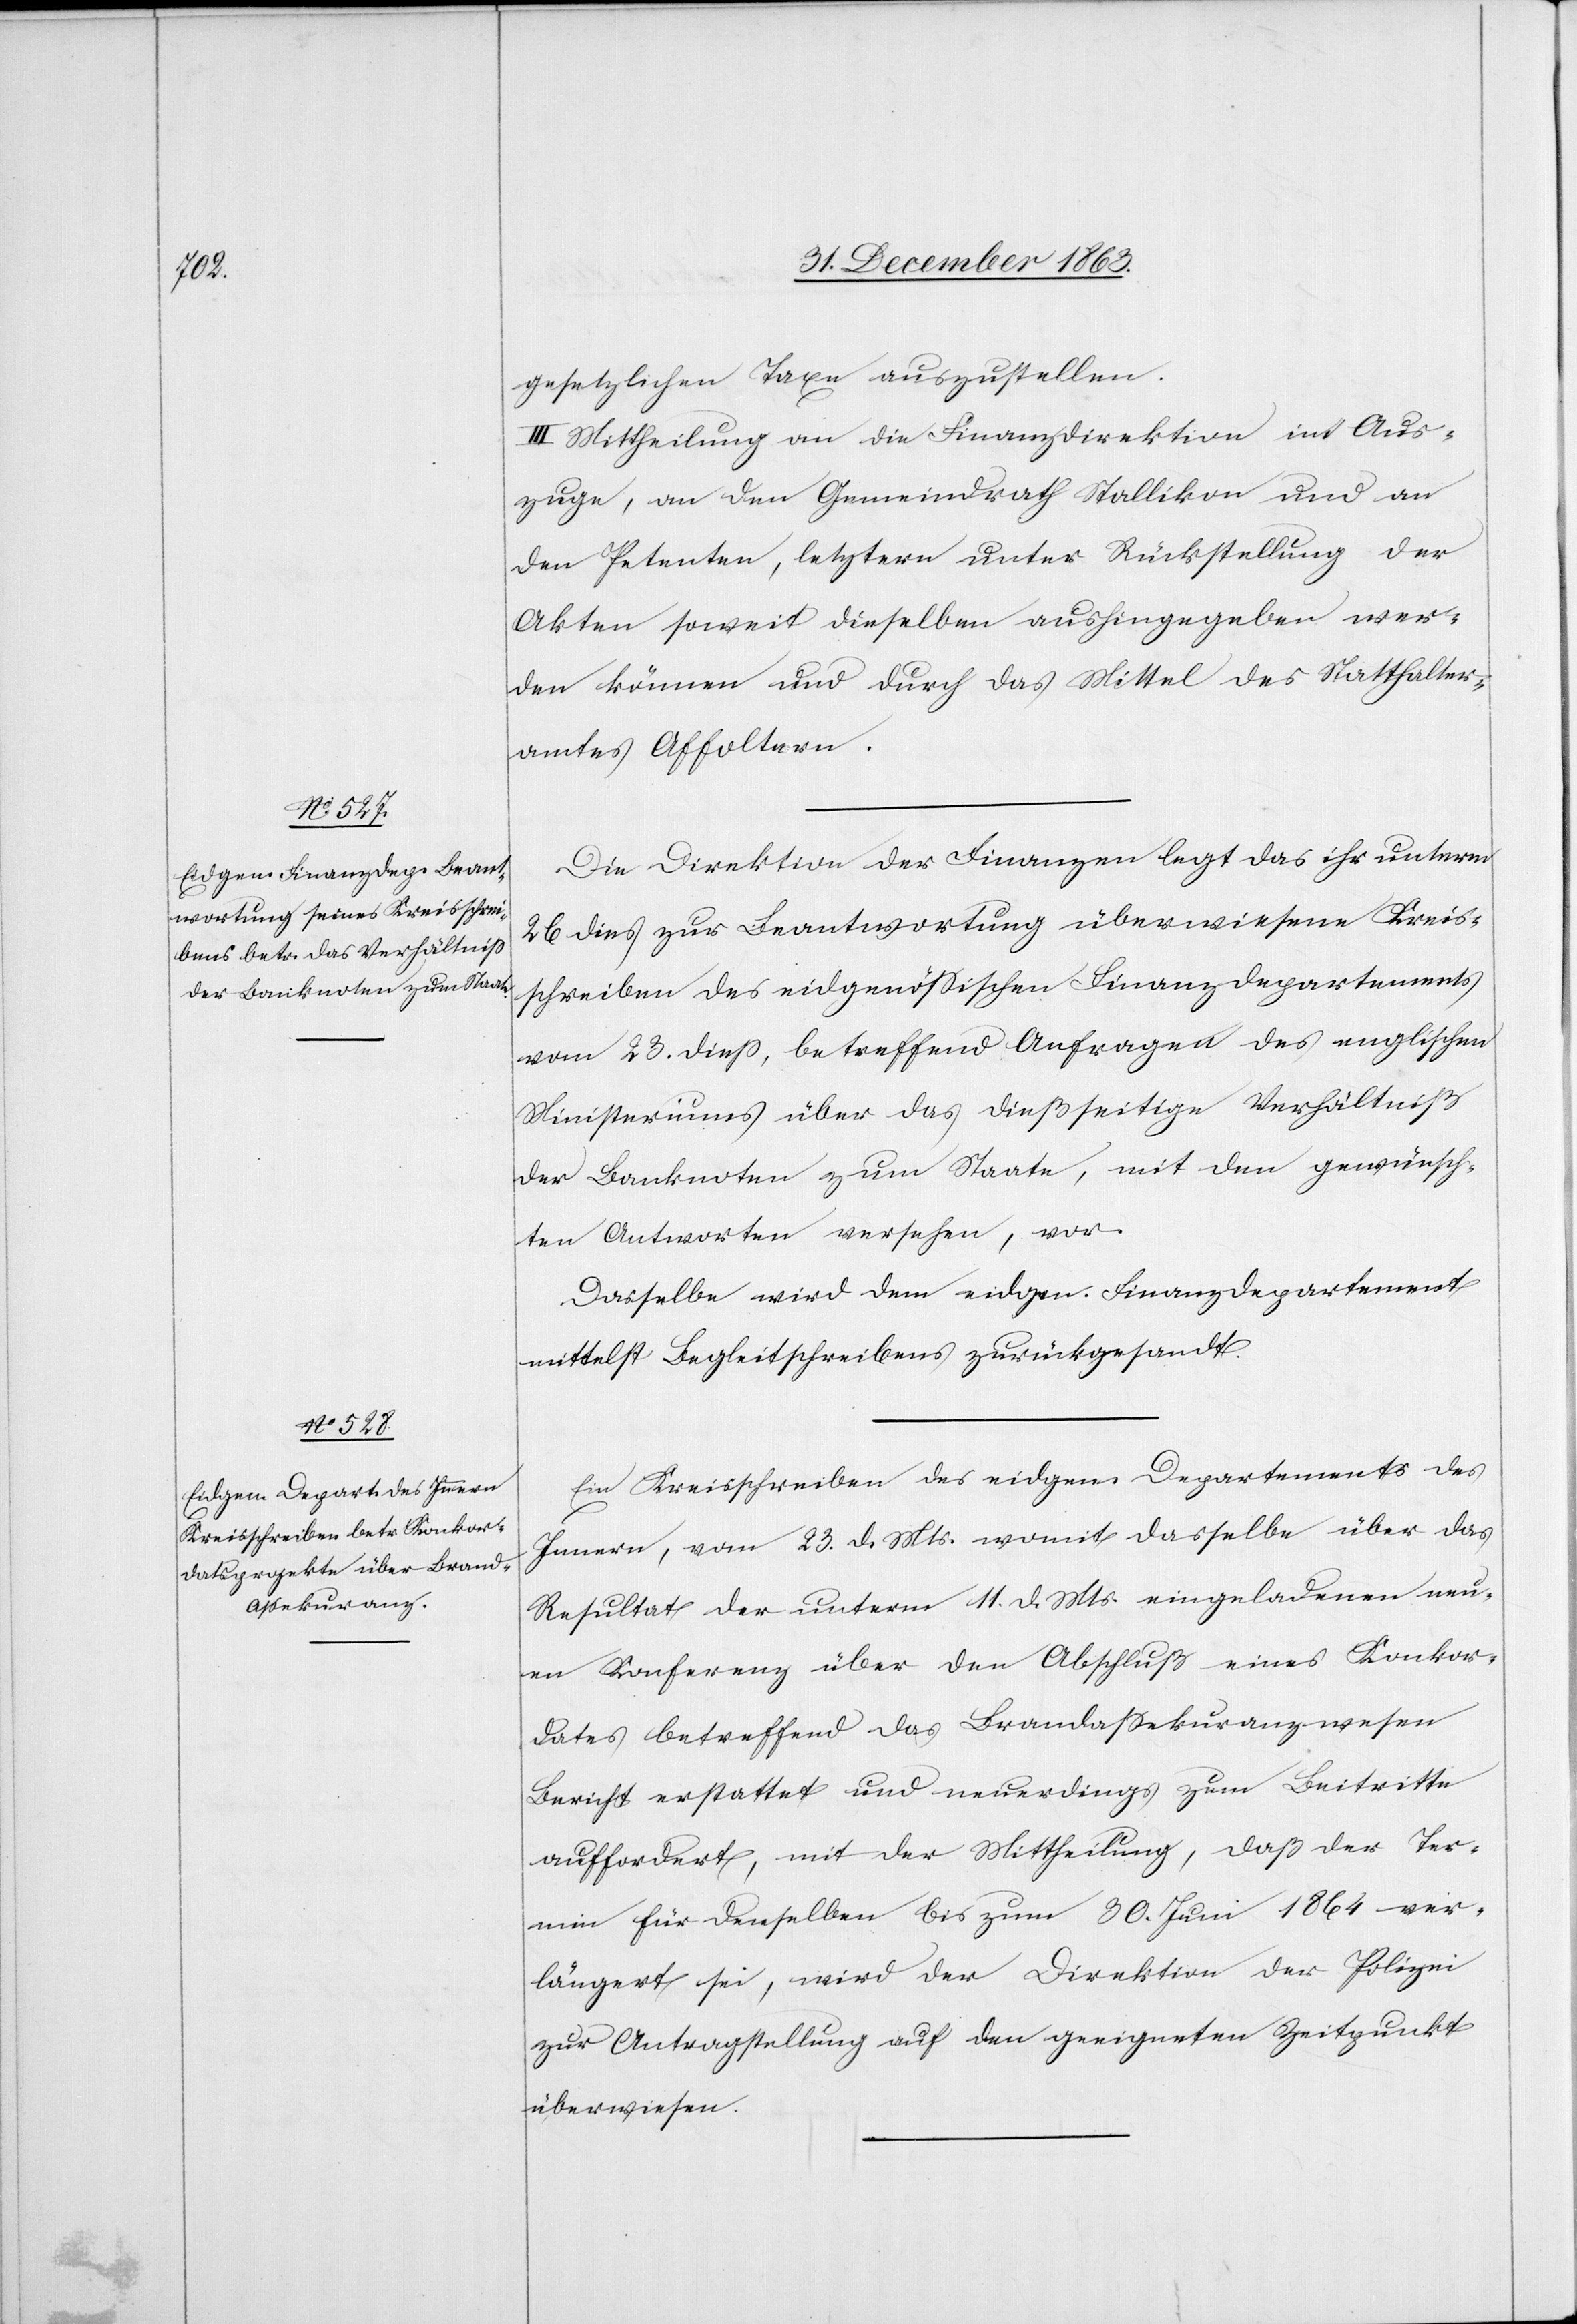
gesetzlichen Taxe auszustellen.
III. Mittheilung an die Finanzdirektion im Aus¬
zuge, an den Gemeindrath Stallikon und an
den Petenten, letztern unter Rückstellung der
Akten soweit dieselben aushingegeben wer¬
den können und durch das Mittel des Statthalter¬
amtes Affoltern.
Die Direktion der Finanzen legt das ihr unterm
26 dies zur Beantwortung überwiesene Kreis¬
schreiben des eidgenössischen Finanzdepartements
vom 23. diess, betreffend Anfragen des englischen
Ministeriums über das dießseitige Verhältniß
der Banknoten zum Staate, mit den gewünsch¬
ten Antworten versehen, vor.
Dasselbe wird dem eidgen. Finanzdepartement
mittelst Begleitschreibens zurückgesandt.
Ein Kreisschreiben des eidgen. Departements des
Innern, vom 23. d. Mts. womit dasselbe über das
Resultat der unterm 11. d. Mts. eingeladenen neu¬
en Konferenz über den Abschluß eines Konkor¬
dates betreffend das Brandassekuranzwesen
Bericht erstattet und neuerdings zum Beitritte
auffordert, mit der Mittheilung, das der Ter¬
min für denselben bis zum 30. Juni 1864 ver¬
längert sei, wird der Direktion der Polizei
zur Antragstellung auf den geeigneten Zeitpunkt
überwiesen.